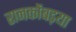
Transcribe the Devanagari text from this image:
रानकोंबड़या